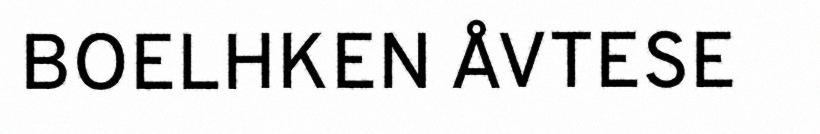
BOELHKEN ÅVTESE